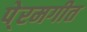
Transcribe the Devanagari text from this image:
पे्रमगीत